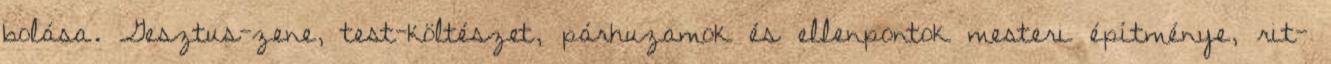
bolása. Gesztus-zene, test-költészet, párhuzamok és ellenpontok mesteri építménye, rit-